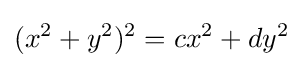
(x^{2}+y^{2})^{2}=cx^{2}+dy^{2}